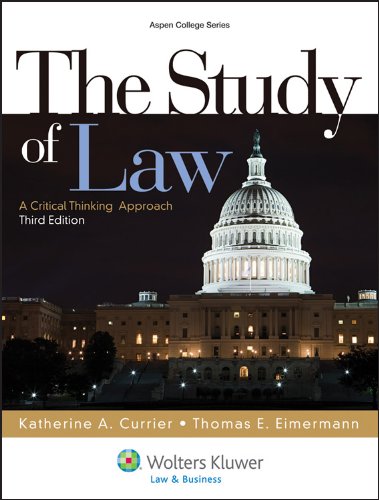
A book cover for The Study of Law: A Critical Thinking Approach, Third Edition (Aspen College); Katherine A. Currier; Law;